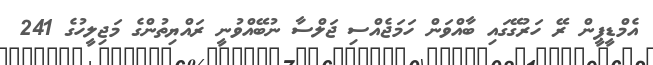
އެމްޑީޕީން ރޭ ހަރުގޭގައި ބާއްވަން ހަމަޖެއްސި ޖަލްސާ ނުބޭއްވުނީ ރައްޔިތުންގެ މަޖިލީހުގެ 241